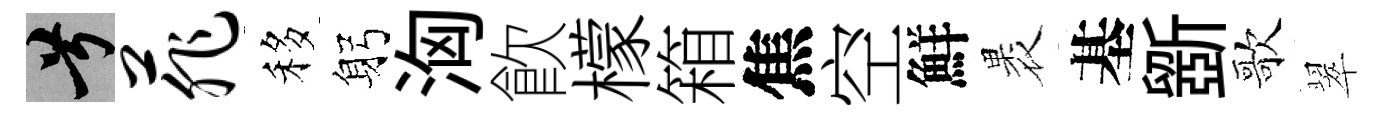
兮菲移躬洶飮檬箱焦空鮮褁基斵歌翠